Leaving Certificate Examination (including Day School Certificate (Higher) General paper), 1926
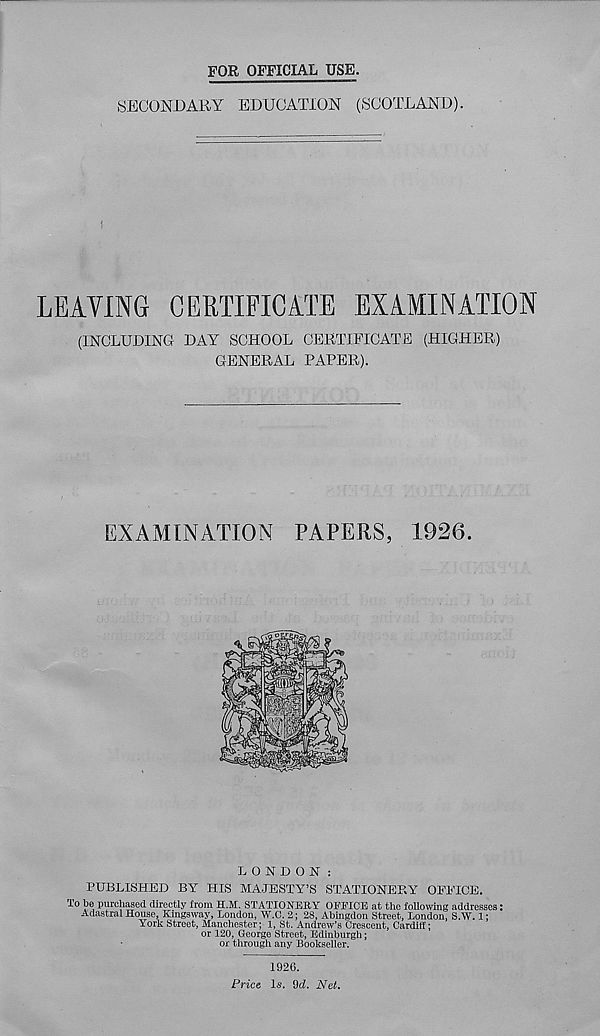
FOR OFFICIAL USE.
SECONDARY EDUCATION (SCOTLAND).
i
LEAVING CERTIFICATE EXAMINATION
(INCLUDING DAY SCHOOL CERTIFICATE (HIGHER)
GENERAL PAPER).
EXAMINATION PAPERS, 1926.
LONDON:
PUBLISHED BY HIS MAJESTY’S STATIONERY OITTCE.
To be purchased directly from H.M. STATIONERY OFFICE at the following addresses:
Adastral House, Kingsway, London, W.C. 2; 28, Abingdon Street, London, S.W. 1;
York Street, Manchester; 1, St. Andrew’s Crescent, Cardiff;
or 120, George Street, Edinburgh;
or through any Bookseller.
1926.
Price Is. 9d. Net.